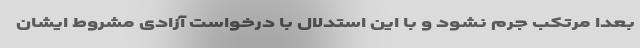
بعداً مرتکب جرم نشود و با این استدلال با درخواست آزادی مشروط ایشان